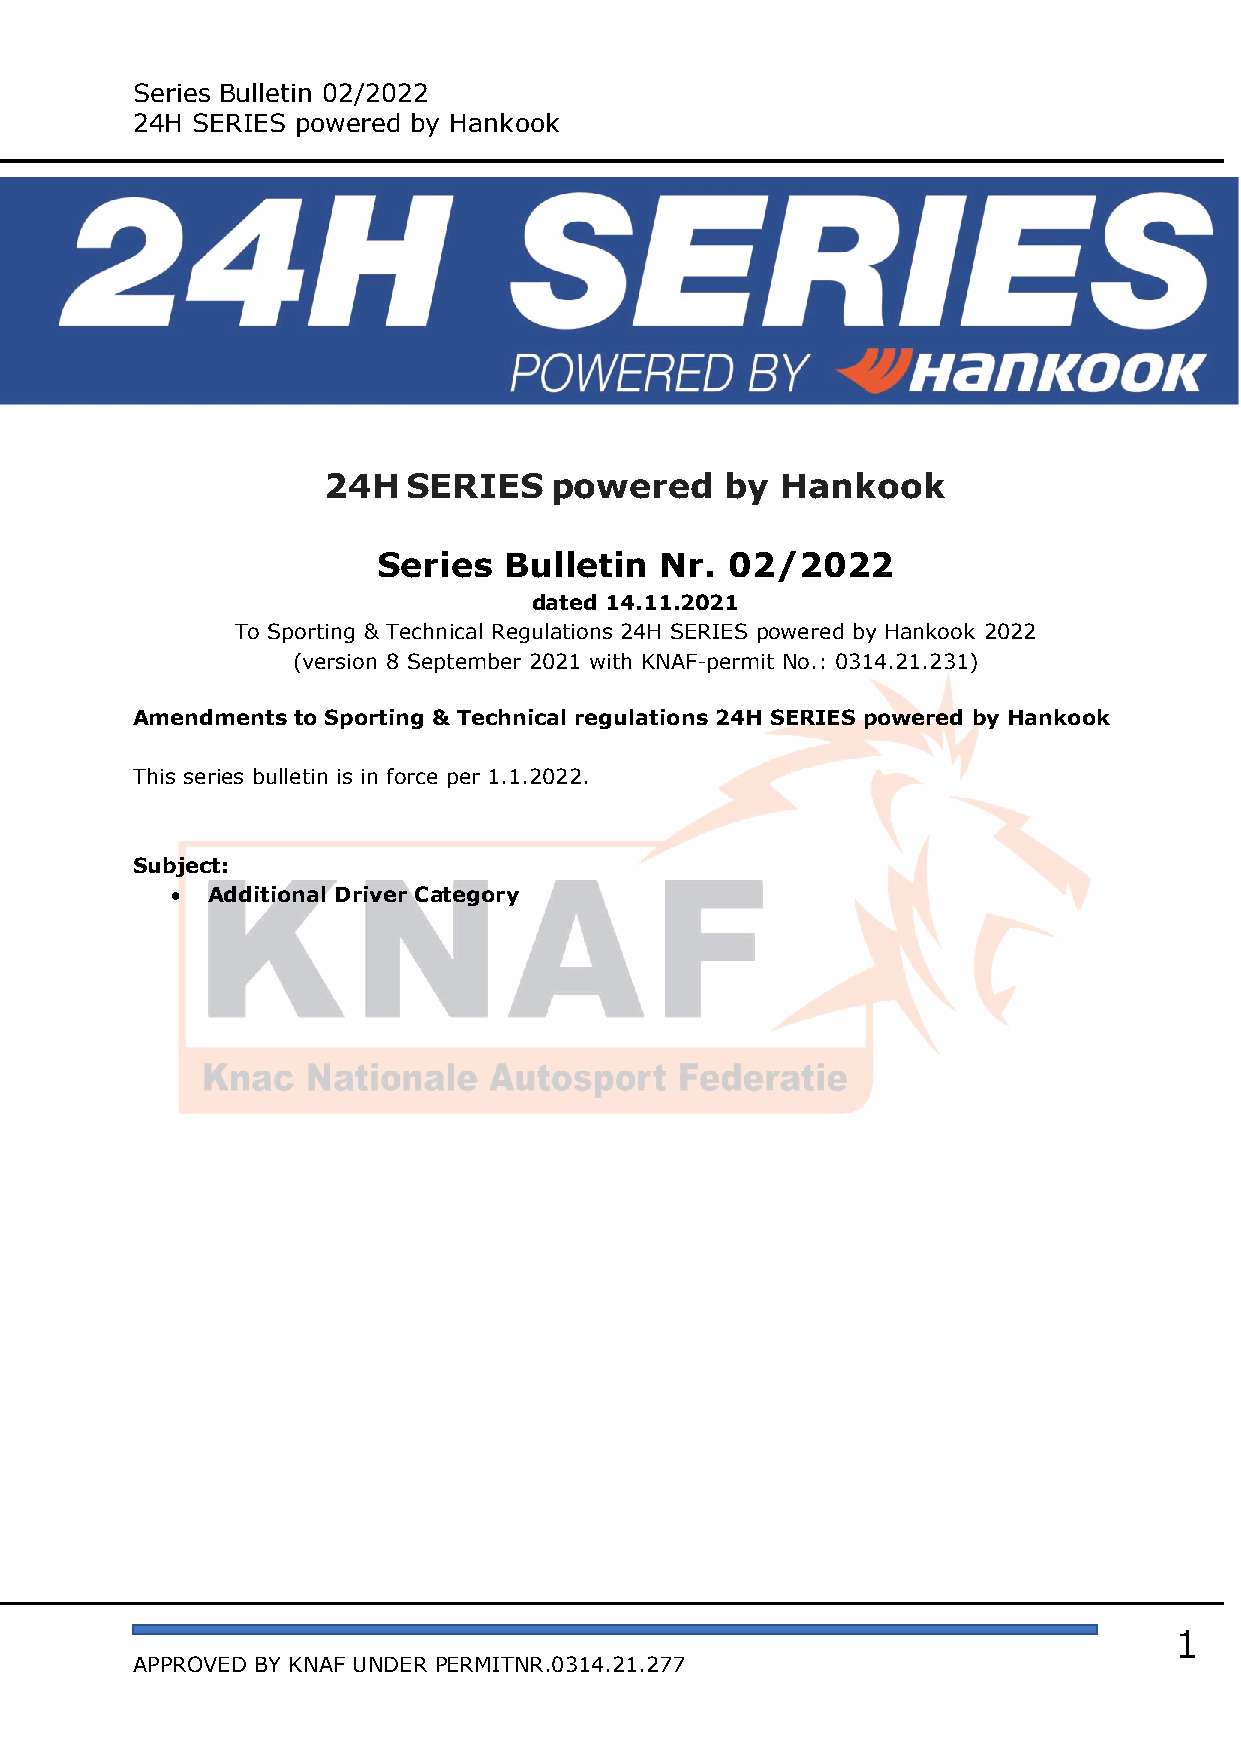
Series Bulletin 02/2022
 24H SERIES powered by Hankook
 24H   SERIES   powered     by  Hankook
 Series  Bulletin   Nr. 02/2022
 dated 14.11.2021
 To Sporting & Technical Regulations 24H SERIES powered by Hankook 2022
 (version 8 September 2021 with KNAF-permit No.: 0314.21.231)
 Amendments to Sporting & Technical regulations 24H SERIES powered by Hankook
 This series bulletin is in force per 1.1.2022.
 Subject:
 •  Additional Driver Category
 1
 APPROVED BY KNAF UNDER PERMITNR.0314.21.277